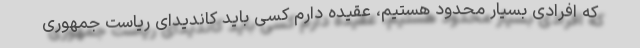
که افرادی بسیار محدود هستیم، عقیده دارم کسی باید کاندیدای ریاست جمهوری